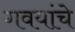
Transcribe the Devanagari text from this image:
गवयांचे